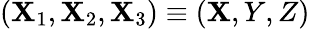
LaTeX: (\mathbf{X}_{1},\mathbf{X}_{2},\mathbf{X}_{3})\equiv(\mathbf{X},Y,Z)